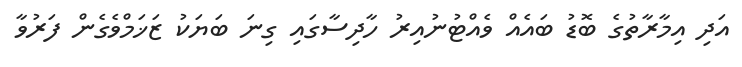
އަދި އިމާރާތުގެ ބޮޑު ބައެއް ވެއްޓުނުއިރު ހާދިސާގައި ގިނަ ބަޔަކު ޒަޚަމްވެގެން ފަރުވާ